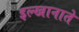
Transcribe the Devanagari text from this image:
इल्खानाते